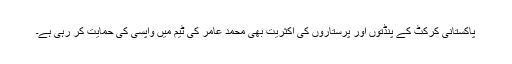
پاکستانی کرکٹ کے پنڈتوں اور پرستاروں کی اکثریت بھی محمد عامر کی ٹیم میں واپسی کی حمایت کر رہی ہے۔